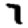
Digit: 7